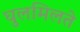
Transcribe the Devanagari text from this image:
घुलमिलते